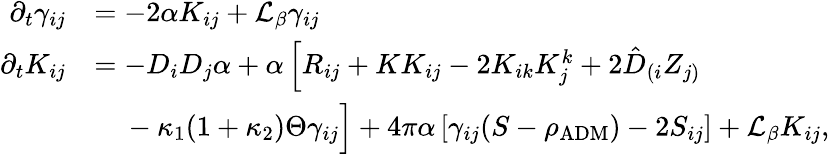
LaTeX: \begin{array}{rl}{\partial_{t}\gamma_{ij}}&{=-2\alpha K_{ij}+\mathcal{L}_{\beta}\gamma_{ij}}\\ {\partial_{t}K_{ij}}&{=-D_{i}D_{j}\alpha+\alpha\left[R_{ij}+KK_{ij}-2K_{ik}K_{j}^{k}+2\hat{D}_{(i}Z_{j)}\right.}\\ &{\, \left.\phantom{\hat{D}}-\kappa_{1}(1+\kappa_{2})\Theta\gamma_{ij}\right]+4\pi\alpha\left[\gamma_{ij}(S-\rho_{\mathrm{ADM}})-2S_{ij}\right]+\mathcal{L}_{\beta}K_{ij},}\end{array}